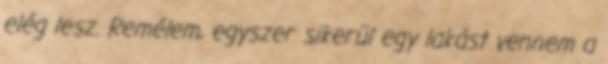
elég lesz. Remélem, egyszer sikerül egy lakást vennem a